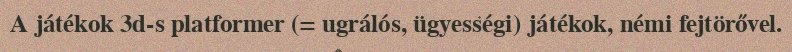
A játékok 3d-s platformer (= ugrálós, ügyességi) játékok, némi fejtörővel.